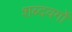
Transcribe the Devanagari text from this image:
शब्दवर्गों